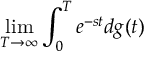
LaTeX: \operatorname* { l i m } _ { T \to \infty } \int _ { 0 } ^ { T } e ^ { - s t } d g ( t )